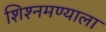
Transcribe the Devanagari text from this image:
शिश्नमण्याला